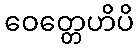
ဝေတ္တေဟိပိ